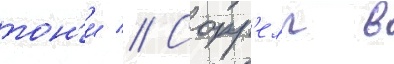
тон'и // Сорр'елл в